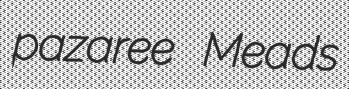
pazaree Meads